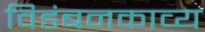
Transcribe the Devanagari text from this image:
विडंबनकाव्य